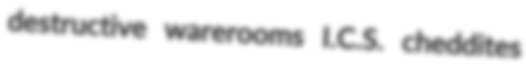
destructive warerooms I.C.S. cheddites